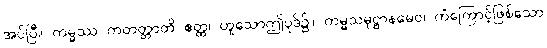
အပ်ပြီ။ ကမ္မဿ ကတတ္တာတိ ဧတ္ထ၊ ဟူသောဤပုဒ်၌။ ကမ္မသမုဋ္ဌာနမေဝ၊ ကံကြောင့်ဖြစ်သော